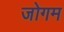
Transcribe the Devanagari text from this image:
जोगम